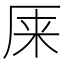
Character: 𰆙